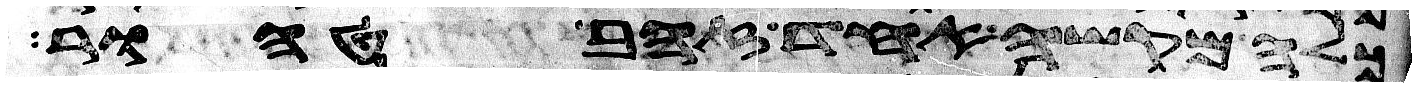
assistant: כלה מקשה אחד זהב טהור